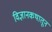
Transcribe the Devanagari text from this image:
विज्ञानकथातून